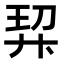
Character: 𭚗